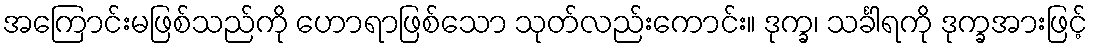
အကြောင်းမဖြစ်သည်ကို ဟောရာဖြစ်သော သုတ်လည်းကောင်း။ ဒုက္ခ၊ သင်္ခါရကို ဒုက္ခအားဖြင့်